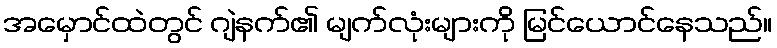
အမှောင်ထဲတွင် ဂျဲနက်၏ မျက်လုံးများကို မြင်ယောင်နေသည်။